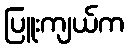
ပြူးကျယ်က